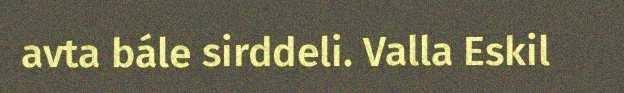
avta bále sirddeli. Valla Eskil